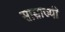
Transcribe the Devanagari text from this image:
साम्राज्यी